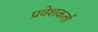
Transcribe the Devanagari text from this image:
प्रवेशकर्ता